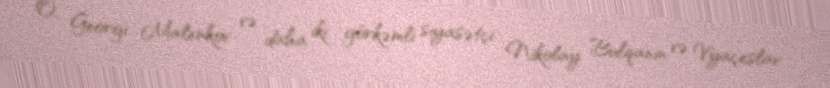
O, Georgi Malenkov və daha iki görkəmli siyasətçi Nikolay Bulqanin və Vyaçeslav